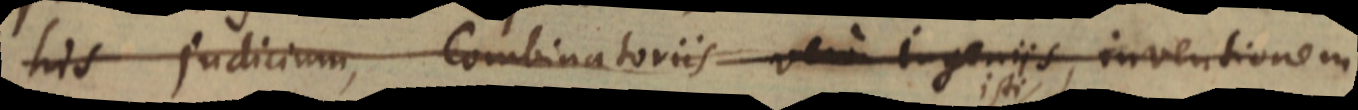
his judicium, Combinatoriis vero ingeniis, inventionem